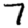
Digit: 7